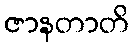
ဇာနတာတိ